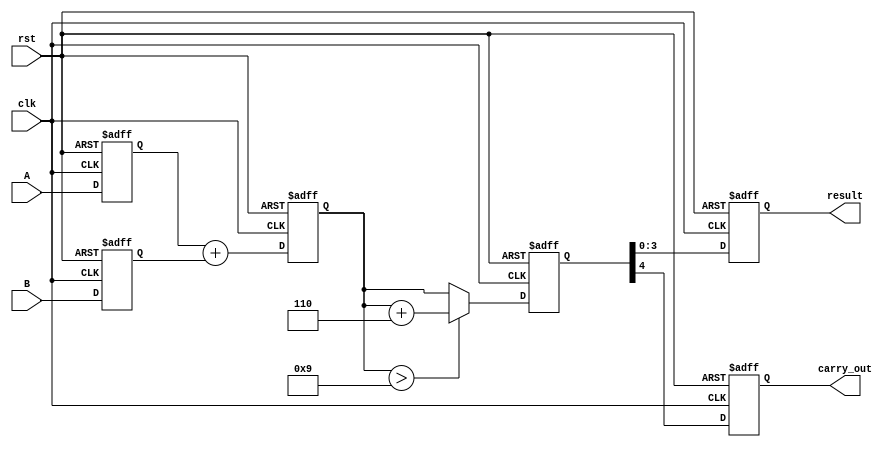
module bcd_pipelined_adder (
    input clk,
    input rst,
    input [3:0] A,
    input [3:0] B,
    output reg [3:0] result,
    output reg carry_out
);

    // Pipeline registers
    reg [3:0] A_reg, B_reg;       // Input stage registers
    reg [4:0] sum_reg;            // Addition stage register
    reg [4:0] corrected_sum_reg;  // Correction stage register

    // Input Stage
    always @(posedge clk or posedge rst) begin
        if (rst) begin
            A_reg <= 4'b0;
            B_reg <= 4'b0;
        end else begin
            A_reg <= A;
            B_reg <= B;
        end
    end

    // Addition Stage
    always @(posedge clk or posedge rst) begin
        if (rst) begin
            sum_reg <= 5'b0;
        end else begin
            sum_reg <= A_reg + B_reg; // 4-bit addition
        end
    end

    // Correction Stage
    always @(posedge clk or posedge rst) begin
        if (rst) begin
            corrected_sum_reg <= 5'b0;
        end else begin
            if (sum_reg > 5'b01001) begin // If sum > 9
                corrected_sum_reg <= sum_reg + 5'b00110; // Add 6
            end else begin
                corrected_sum_reg <= sum_reg; // No correction needed
            end
        end
    end

    // Output Stage
    always @(posedge clk or posedge rst) begin
        if (rst) begin
            result <= 4'b0;
            carry_out <= 1'b0;
        end else begin
            result <= corrected_sum_reg[3:0]; // 4-bit BCD result
            carry_out <= corrected_sum_reg[4]; // Carry out if any
        end
    end

endmodule